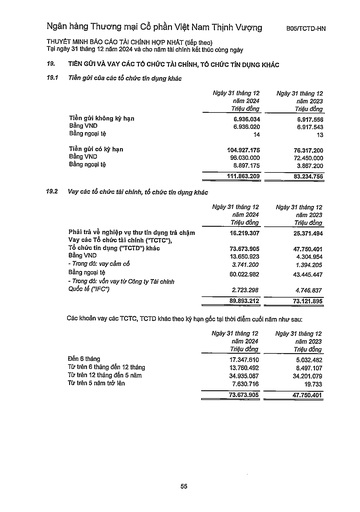
||Ngày 31 tháng 12 năm 2024 Triệu đồng|Ngày 31 tháng 12 năm 2023 Triệu đồng| |---|---|---| |Tiền gửi không kỳ hạn|6.936.034|6.917.556| |Bằng VND|6.936.020|6.917.543| |Bằng ngoại tệ|14|13| |Tiền gửi có kỳ hạn|104.927.175|76.317.200| |Bằng VND|96.030.000|72.450.000| |Bằng ngoại tệ|8.897.175|3.867.200| ||111.863.209|83.234.756| ||Ngày 31 tháng 12 năm 2024 Triệu đồng|Ngày 31 tháng 12 năm 2023 Triệu đồng| |---|---|---| |Phải trả về nghiệp vụ thu tín dụng trả chậm|16.219.307|25.371.494| |Vay các tổ chức tài chính ("TCTC"), Tổ chức tín dụng ("TCTD") khác|73.673.905|47.750.401| |Bằng VND|13.650.923|4.304.954| |- Trong đó: vay cầm cố|3.741.200|1.394.205| |Bằng ngoại tệ|60.022.982|43.445.447| |- Trong đó: vốn vay từ Công ty Tài chính Quốc tế ("IFC")|2.723.298|4.746.837| ||89.893.212|73.121.895| ||Ngày 31 tháng 12 năm 2024 Triệu đồng|Ngày 31 tháng 12 năm 2023 Triệu đồng| |---|---|---| |Đến 6 tháng|17.347.610|5.032.482| |Từ trên 6 tháng đến 12 tháng|13.760.492|8.497.107| |Từ trên 12 tháng đến 5 năm|34.935.087|34.201.079| |Từ trên 5 năm trở lên|7.630.716|19.733| ||73.673.905|47.750.401|